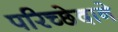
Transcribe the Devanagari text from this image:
परिच्छेदाने